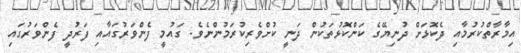
އިމާރާތްކުރުމާއި ދެކޮޅަށް ދުނިޔޭގެ ކަންކޮޅުތަކުން ދަނީ ކުށްވެރިކުރަމުންނެވެ. ގައުމީ ފެންވަރުގައާއި ފަރުދީ ފެންވަރުގައި